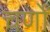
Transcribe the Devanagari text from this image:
चर्णों